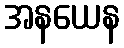
အနယေန